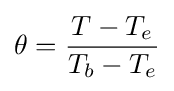
\theta ={\frac {T-T_{e}}{T_{b}-T_{e}}}